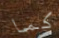
كما